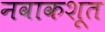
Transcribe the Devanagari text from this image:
नवाकशूत